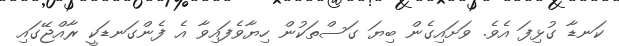
ކަނޑާ ގުޅިފަ އެވެ. ވަށައިގެން ބިޔަ ގަސްތަކުން ހިޔާވެފައިވާ އެ ފެންގަނޑަކީ ރާއްޖޭގައި